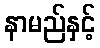
နာမည်နှင့်